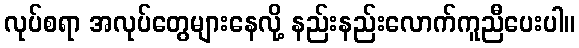
လုပ်စရာ အလုပ်တွေများနေလို့ နည်းနည်းလောက်ကူညီပေးပါ။